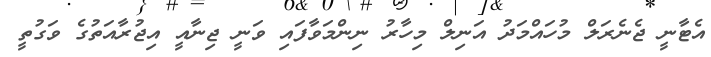
އެޓާނީ ޖެނެރަލް މުހައްމަދު އަނިލް މިހާރު ނިންމަވާފައި ވަނީ ޖިނާއީ އިޖުރާއަތުގެ ވަގުތީ